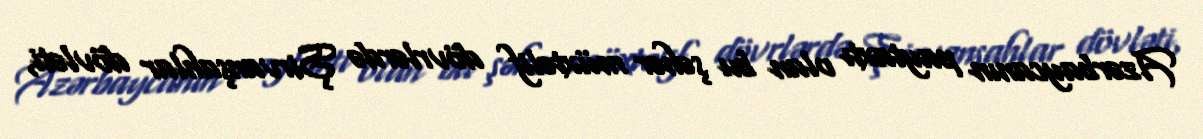
Azərbaycanın paytaxtı olan bu şəhər müxtəlif dövrlərdə Şirvanşahlar dövləti,